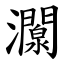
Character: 灁